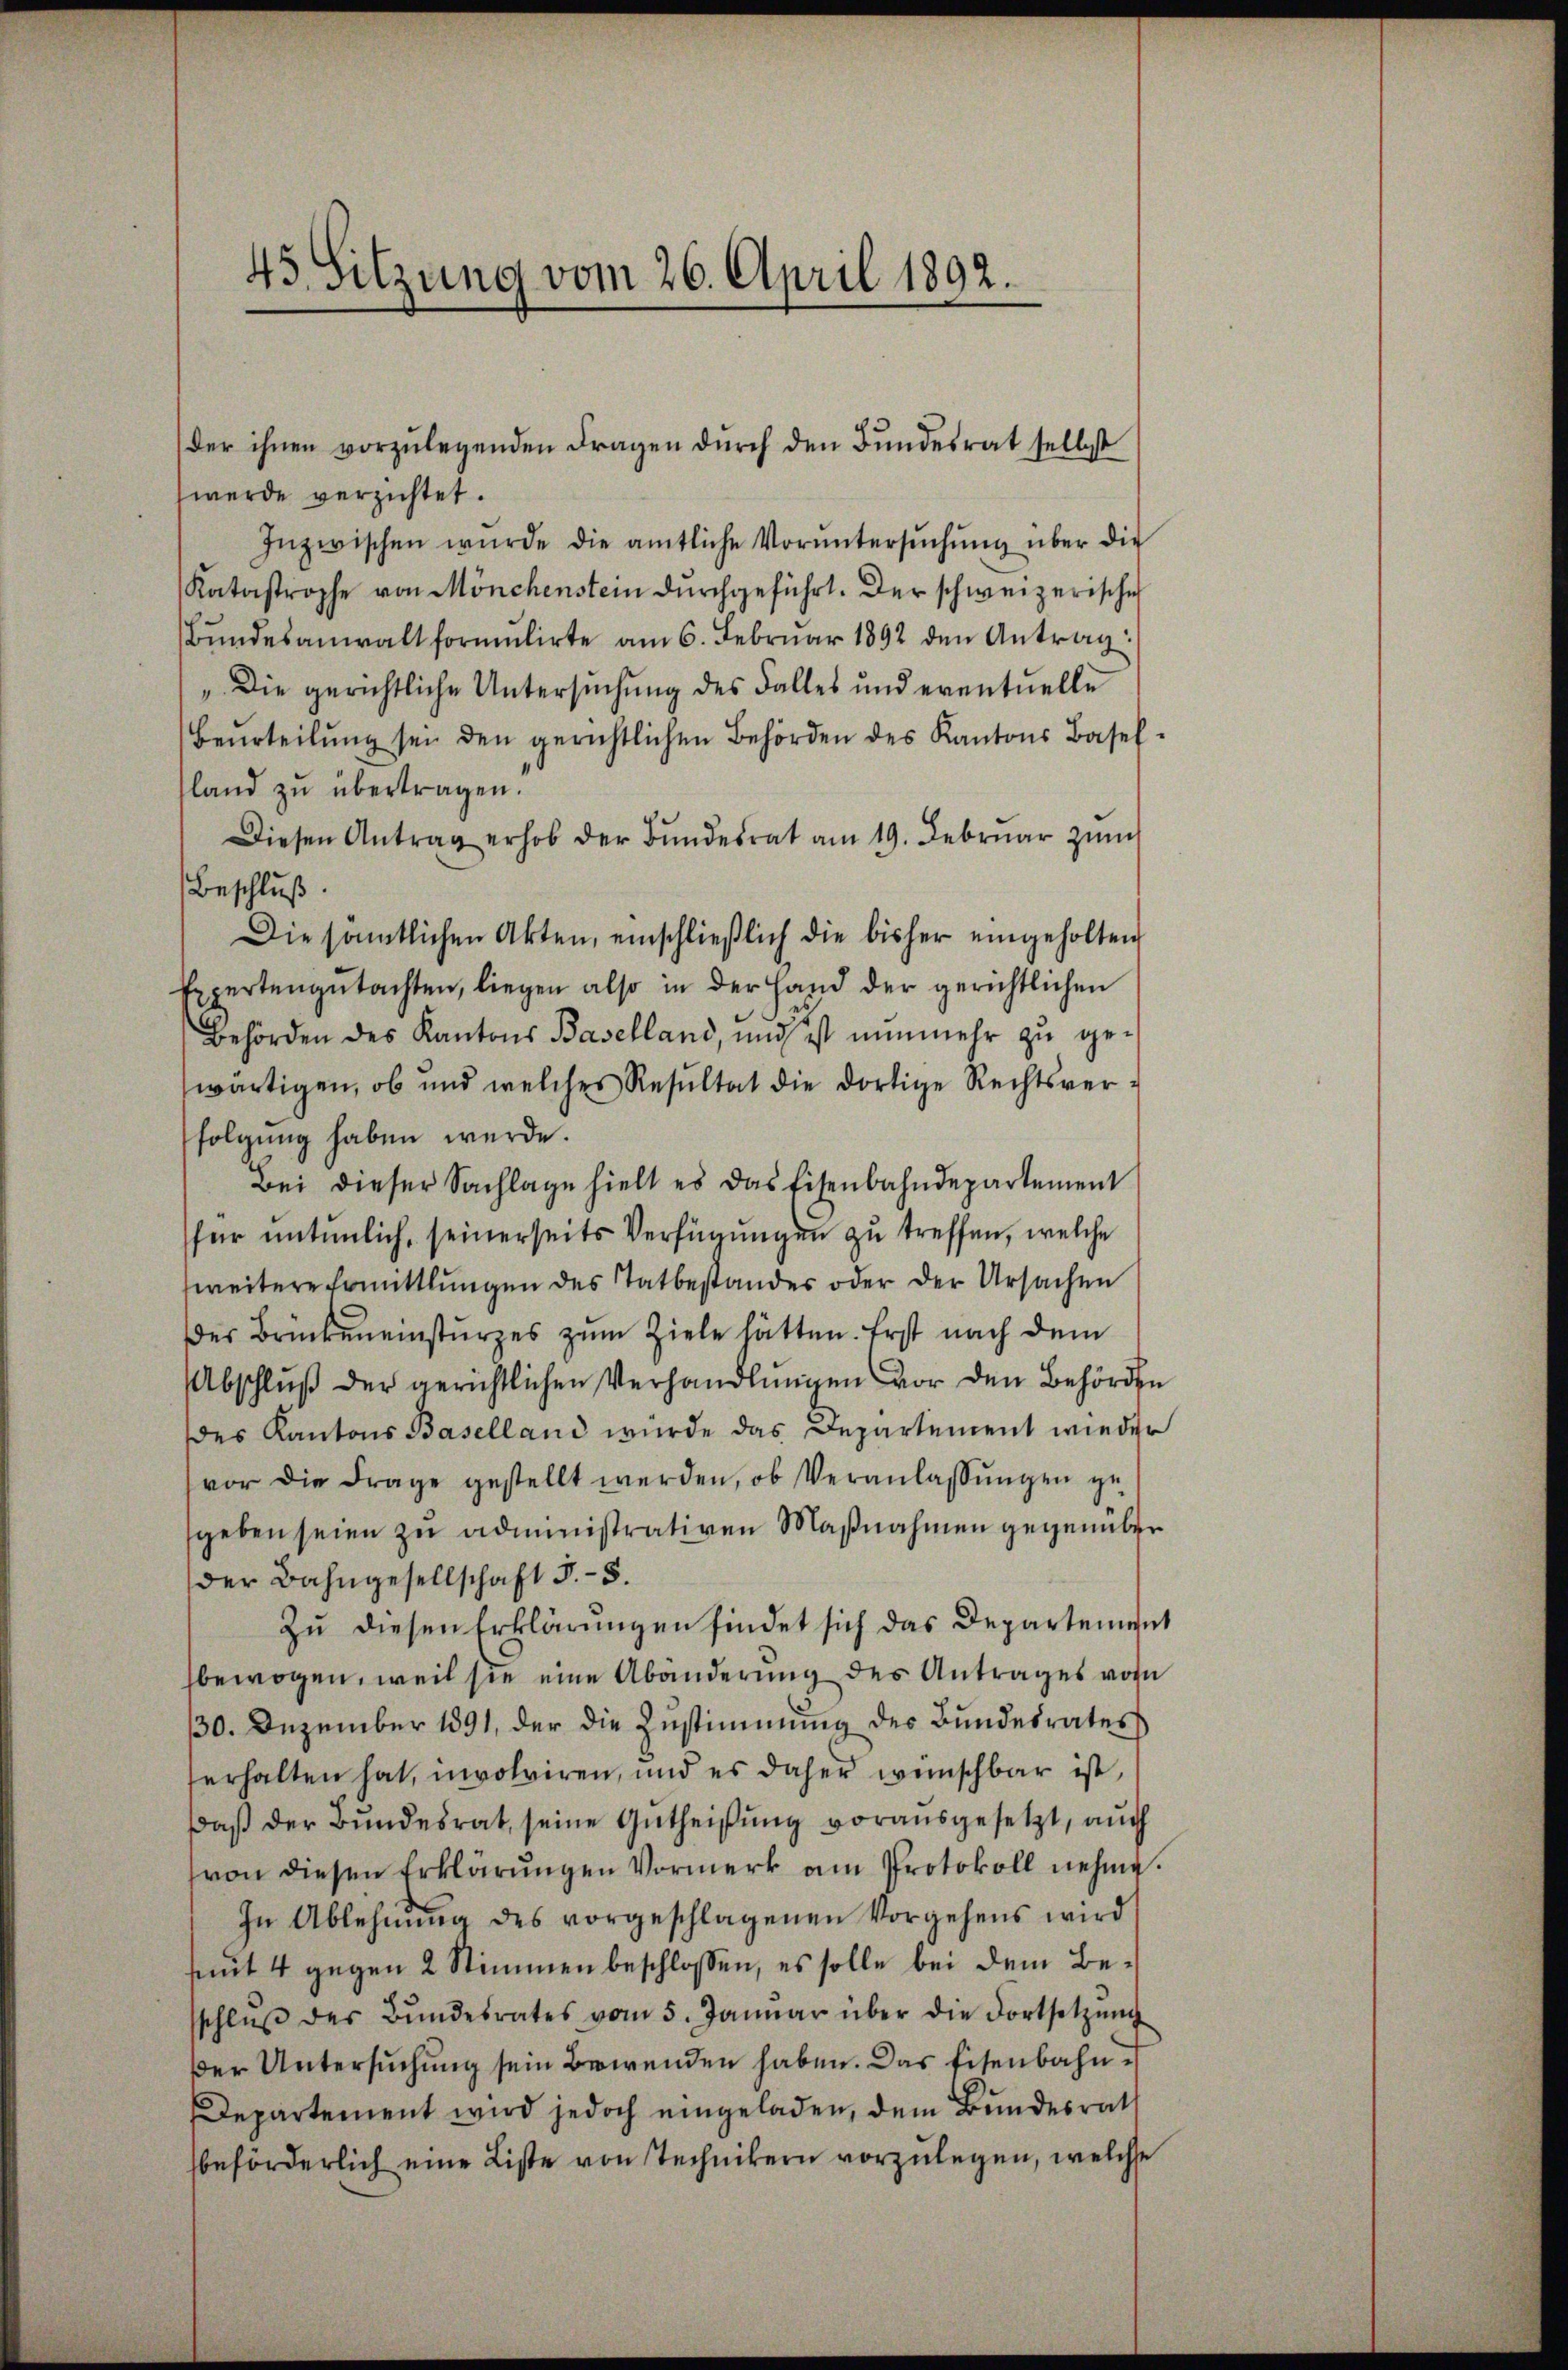
45 Sitzung vom 26. April 1892.

der ihnen vorzŭlegenden Fragen dŭrch den Bŭndesrat selbst
werde verzichtet.
Inzwischen würde die amtliche Vorŭntersŭchŭng über die
Katastrophe von Mönchenstein durchgeführt. Der schweizerische
Bundesanwalt formulirte am 6. Februar 1892 den Antrag:
„Die gerichtliche Untersuchung des Falles und eventuelle
Beurteilŭng sei den gerichtlichen Behörden des Kantons Basel-
land zŭ übertragen.
Diesen Antrag erhob der Bŭndesrat am 19. Febrŭar zŭm
Beschluß.
Die sämtlichen Akten, einschließlich die bisher eingeholten
Expertengutachten, liegen also in der Hand der gerichtlichen
Behörden des Kantons Baselland, und ist nŭnmehr zŭ ge-
wärtigen, ob und welches Resultat die dortige Rechtsver-
folgung haben werde.
Bei dieser Sachlage hielt es das Eisenbahndepartement
für untenlich, seinerseits Verfügungen zu treffen, welche
weitere Ermittlungen des Tatbestandes oder der Ursachen
der Brückeneinsturzes zum Ziele hätten. Erst nach dem
Abschluß der gerichtlichen Verhandlungen vor den Behörden
des Kantons Baselland würde das Departement wieder
vor die Frage gestellt werden, ob Veranlassŭngen ge
geben seien zu administrativen Maßnahmen gegenüber
der Bahngesellschaft 3. 5.
Zu diesen Erklärungen findet sich das Departement
bewogen, weil sie eine Abänderung des Antrages von
30. Dezember 1891, der die Zustimmung der Bundesrates
serhalten hat, involviren, und es daher wünschbar ist,
daβ der Bundesrat, seine Gutheißung vorausgesetzt, auch
von diesen Erklärungen Vormerk am Protokoll nehme.
In Ablehnŭng des vorgeschlagenen Vorgehens wird
smut 4 gegen 2 Stimmen beschlossen, es solle bei dem Beschlŭβ des Bŭndesrates vom 5. Janŭar über die dortsetzŭng
der Untersuchung sein Bewenden haben. Das Eisenbahne
Departement wird jedoch eingeladen, dem Bundesrath
beförderlich eine Liste von Technikern vorzulegen, welche